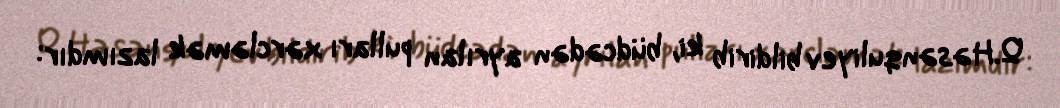
Q.Həsənquliyev bildirib ki, büdcədən ayrılan pulları xərcləmək lazımdır: